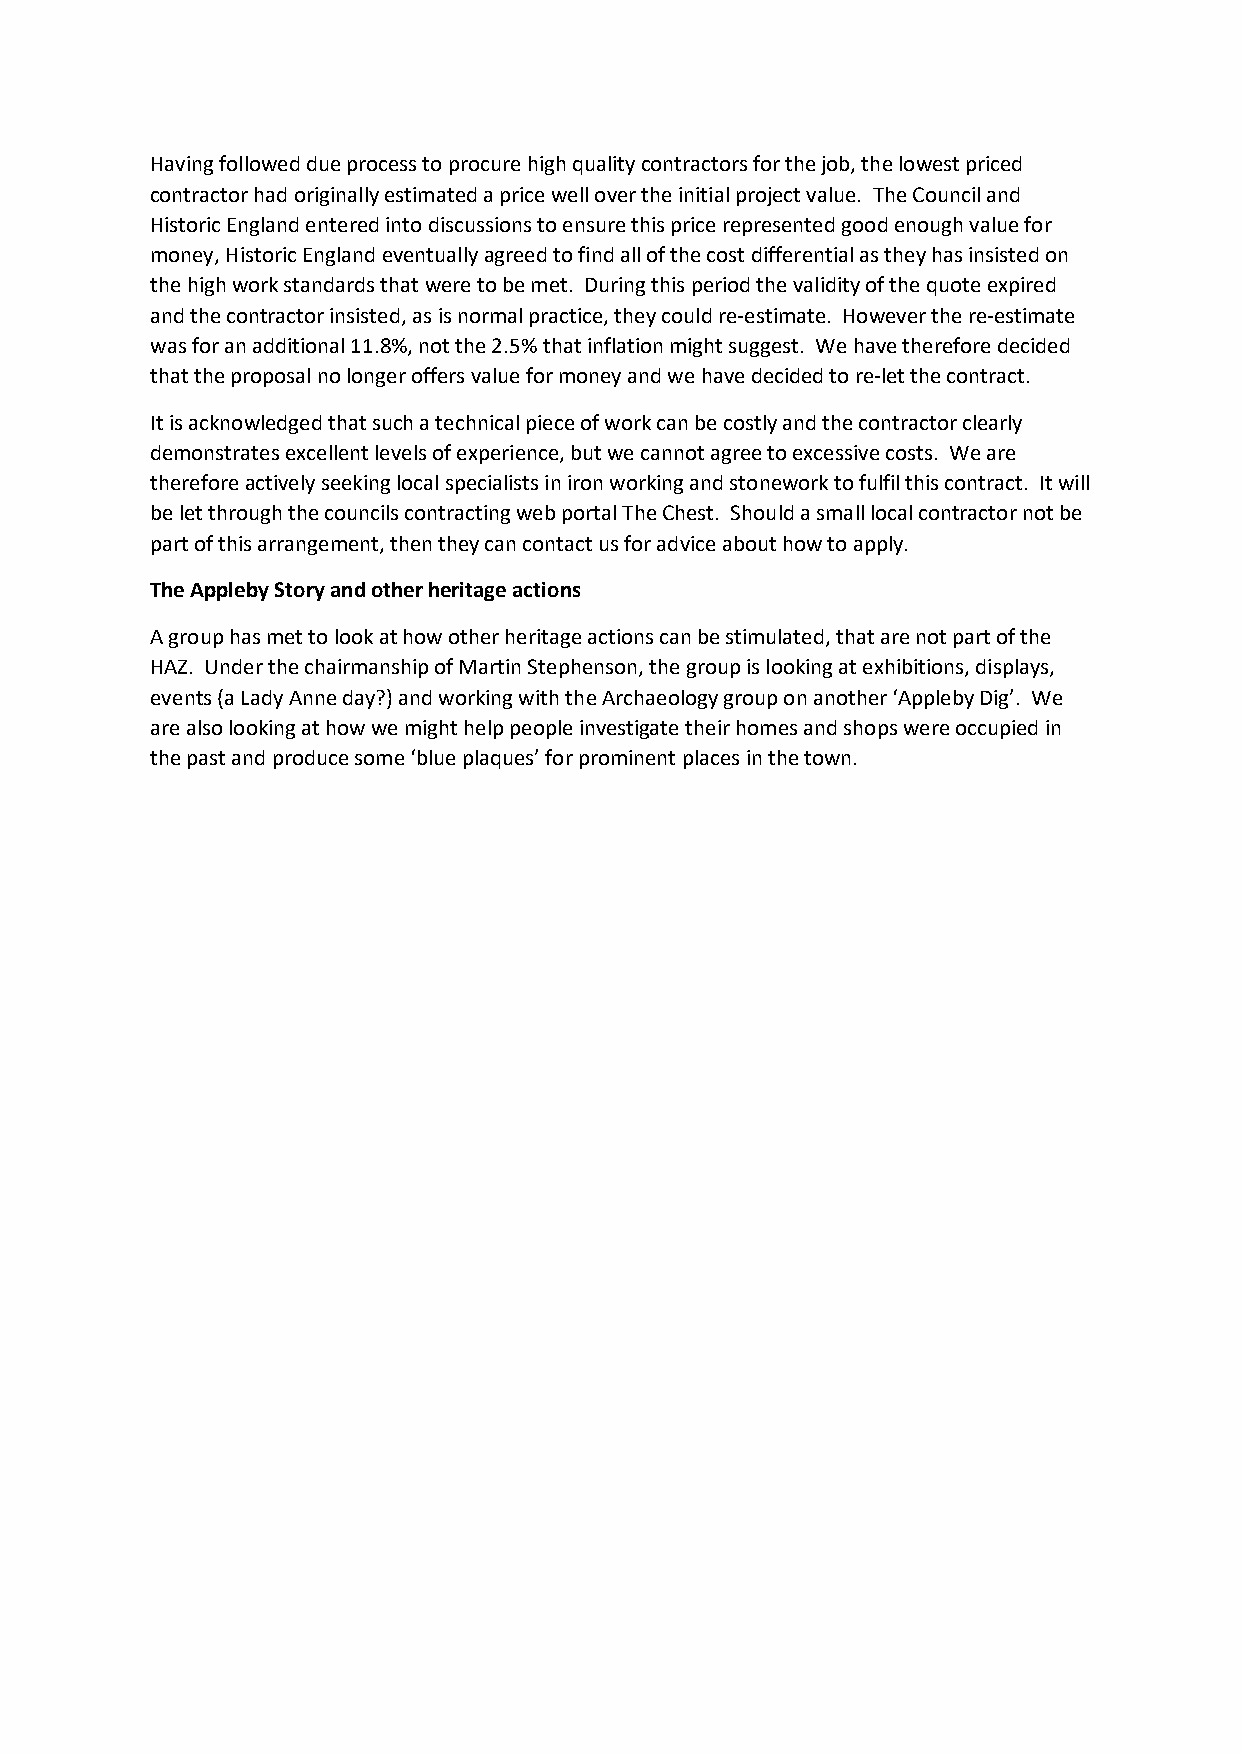
Having followed due process to procure high quality contractors for the job, the lowest priced
 contractor had originally estimated a price well over the initial project value. The Council and
 Historic England entered into discussions to ensure this price represented good enough value for
 money, Historic England eventually agreed to find all of the cost differential as they has insisted on
 the high work standards that were to be met. During this period the validity of the quote expired
 and the contractor insisted, as is normal practice, they could re-estimate. However the re-estimate
 was for an additional 11.8%, not the 2.5% that inflation might suggest. We have therefore decided
 that the proposal no longer offers value for money and we have decided to re-let the contract.
 It is acknowledged that such a technical piece of work can be costly and the contractor clearly
 demonstrates excellent levels of experience, but we cannot agree to excessive costs. We are
 therefore actively seeking local specialists in iron working and stonework to fulfil this contract. It will
 be let through the councils contracting web portal The Chest. Should a small local contractor not be
 part of this arrangement, then they can contact us for advice about how to apply.
 The Appleby Story and other heritage actions
 A group has met to look at how other heritage actions can be stimulated, that are not part of the
 HAZ. Under the chairmanship of Martin Stephenson, the group is looking at exhibitions, displays,
 events (a Lady Anne day?) and working with the Archaeology group on another ‘Appleby Dig’. We
 are also looking at how we might help people investigate their homes and shops were occupied in
 the past and produce some ‘blue plaques’ for prominent places in the town.